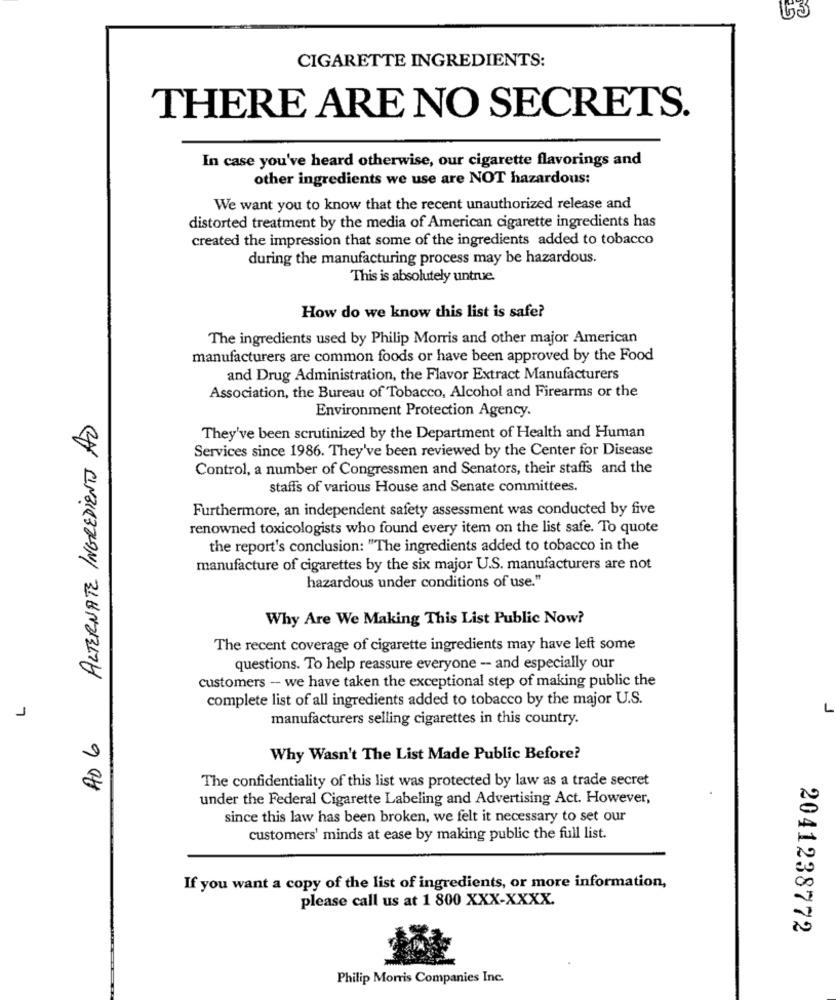
63
CIGARETTE INGREDIENTS:
THERE ARE NO SECRETS.
In case you've heard otherwise, our cigarette flavorings and
other ingredients we use are NOT hazardous:
We want you to know that the recent unauthorized release and
distorted treatment by the media of American cigarette ingredients has
created the impression that some of the ingredients added to tobacco
during the manufacturing process may be hazardous.
This is absolutely untrue.
How do we know this list is safe?
The ingredients used by Philip Morris and other major American
manufacturers are common foods or have been approved by the Food
and Drug Administration, the Flavor Extract Manufacturers
Association, the Bureau of Tobacco, Alcohol and Firearms or the
Environment Protection Agency.
ALTERNATE INGREDIENTS AD
They've been scrutinized by the Department of Health and Human
Services since 1986. They've been reviewed by the Center for Disease
Control, a number of Congressmen and Senators, their staffs and the
staffs of various House and Senate committees.
Furthermore, an independent safety assessment was conducted by five
renowned toxicologists who found every item on the list safe. To quote
the report's conclusion: "The ingredients added to tobacco in the
manufacture of cigarettes by the six major U.S. manufacturers are not
hazardous under conditions of use."
Why Are We Making This List Public Now?
The recent coverage of cigarette ingredients may have left some
questions. To help reassure everyone - and especially our
customers - we have taken the exceptional step of making public the
complete list of all ingredients added to tobacco by the major U.S.
L
J
manufacturers selling cigarettes in this country.
AD 6
Why Wasn't The List Made Public Before?
The confidentiality of this list was protected by law as a trade secret
under the Federal Cigarette Labeling and Advertising Act. However,
since this law has been broken, we felt it necessary to set our
customers' minds at ease by making public the full list.
If you want a copy of the list of ingredients, or more information,
please call us at 1 800 XXX-XXXX.
2041238772
Philip Morris Companies Inc.